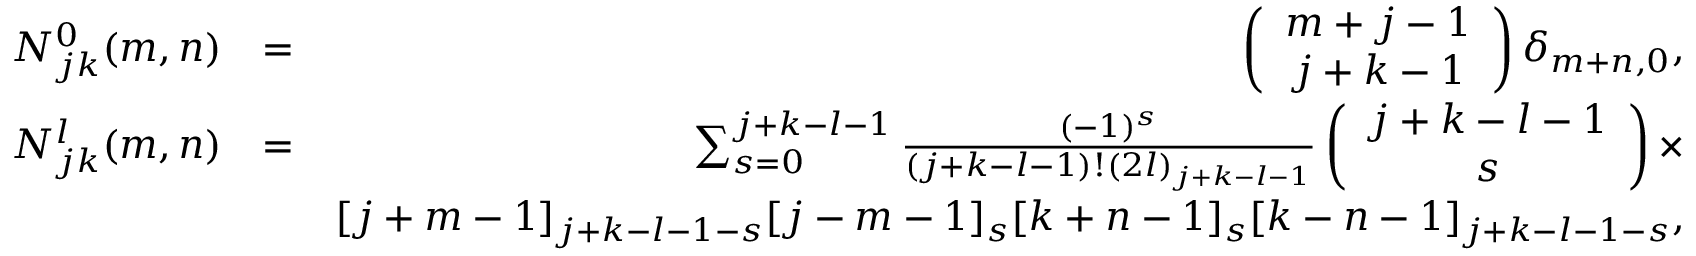
\begin{array} { r l r } { N _ { j k } ^ { 0 } ( m , n ) } & { = } & { \left( \begin{array} { c c } { m + j - 1 } \\ { j + k - 1 } \end{array} \right) \delta _ { m + n , 0 } , } \\ { N _ { j k } ^ { l } ( m , n ) } & { = } & { \sum _ { s = 0 } ^ { j + k - l - 1 } \frac { ( - 1 ) ^ { s } } { ( j + k - l - 1 ) ! ( 2 l ) _ { j + k - l - 1 } } \left( \begin{array} { c c } { j + k - l - 1 } \\ { s } \end{array} \right) \times } \\ & { } & { [ j + m - 1 ] _ { j + k - l - 1 - s } [ j - m - 1 ] _ { s } [ k + n - 1 ] _ { s } [ k - n - 1 ] _ { j + k - l - 1 - s } , } \end{array}